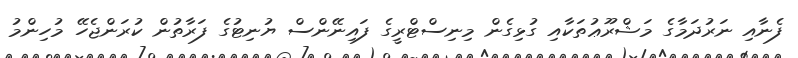
ފެނާއި ނަރުދަމާގެ މަޝްރޫޢުތަކާއި ގުޅިގެން މިނިސްޓްރީގެ ފައިނޭންސް ޔުނިޓުގެ ފަރާތުން ކުރަންޖެހޭ މުހިންމު